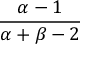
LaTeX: \frac { \alpha - 1 } { \alpha + \beta - 2 }